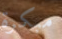
مبكرة